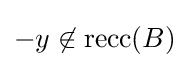
-y\not \in \operatorname {recc} (B)